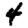
Digit: 4